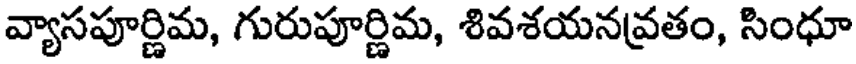
వ్యాసపూర్ణిమ, గురుపూర్ణిమ, శివశయనవ్రతం, సింధూ